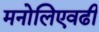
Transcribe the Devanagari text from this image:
मनोलिएवढी